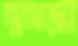
দুলহার